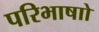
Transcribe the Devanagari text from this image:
परिभाषाो